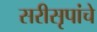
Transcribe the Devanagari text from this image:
सरीसृपांचे